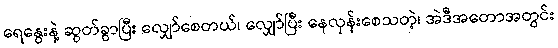
ရေနွေးနဲ့ ဆွတ်ခွာပြီး လျှော်စေတယ်၊ လျှော်ပြီး နေလှန်းစေသတဲ့၊ အဲဒီအတောအတွင်း